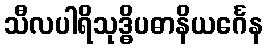
သီလပါရိသုဒ္ဓိပဓာနိယင်္ဂေန